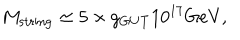
M _ { \mathrm { s t r i n g } } \simeq 5 \times g _ { \mathrm { G U T } } 1 0 ^ { 1 7 } \mathrm { G e V } ,